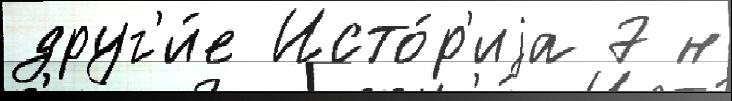
друг'и́е Исто́р'иjа 7 н